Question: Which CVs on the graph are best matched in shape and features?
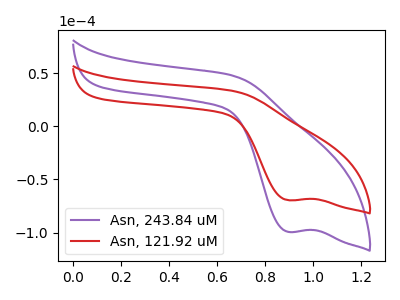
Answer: <think>The purple curve "Asn, 243.84 uM" has a cathodic peak at: (0.90V, -99.45uA). The red curve "Asn, 121.92 uM" has a cathodic peak at: (0.90V, -69.60uA).
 All the peaks in "Asn, 243.84 uM" have a peak in "Asn, 121.92 uM" at the same potential. Every peak in "Asn, 243.84 uM" is higher than every peak in "Asn, 121.92 uM".</think>
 <answer>"Asn, 121.92 uM" and "Asn, 243.84 uM" have the same shape and are likely CV's of the same chemical.</answer>
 <eval>"Asn, 121.92 uM" "Asn, 243.84 uM"</eval>